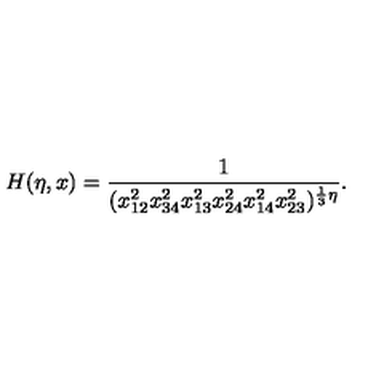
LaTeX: H ( \eta , x ) = \frac { 1 } { ( x _ { 1 2 } ^ { 2 } x _ { 3 4 } ^ { 2 } x _ { 1 3 } ^ { 2 } x _ { 2 4 } ^ { 2 } x _ { 1 4 } ^ { 2 } x _ { 2 3 } ^ { 2 } ) ^ { \frac { 1 } { 3 } \eta } } .